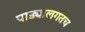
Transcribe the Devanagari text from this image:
पाड्यालगतच